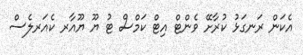
އެކަން ރަނގަޅު ކުރާށޭ ވެންޓް އިޓް ކަމްްްސް ޓު ޔޫ ޔޫއާރ ކެއަރލެސް